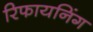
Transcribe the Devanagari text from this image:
रिफायनिंग